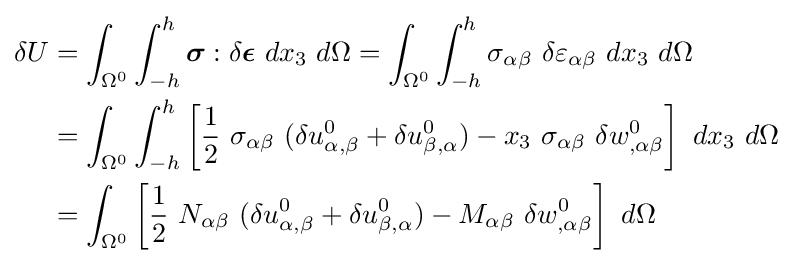
{\begin{aligned}\delta U&=\int _{\Omega ^{0}}\int _{-h}^{h}{\boldsymbol {\sigma }}:\delta {\boldsymbol {\epsilon }}~dx_{3}~d\Omega =\int _{\Omega ^{0}}\int _{-h}^{h}\sigma _{\alpha \beta }~\delta \varepsilon _{\alpha \beta }~dx_{3}~d\Omega \\&=\int _{\Omega ^{0}}\int _{-h}^{h}\left[{\frac {1}{2}}~\sigma _{\alpha \beta }~(\delta u_{\alpha ,\beta }^{0}+\delta u_{\beta ,\alpha }^{0})-x_{3}~\sigma _{\alpha \beta }~\delta w_{,\alpha \beta }^{0}\right]~dx_{3}~d\Omega \\&=\int _{\Omega ^{0}}\left[{\frac {1}{2}}~N_{\alpha \beta }~(\delta u_{\alpha ,\beta }^{0}+\delta u_{\beta ,\alpha }^{0})-M_{\alpha \beta }~\delta w_{,\alpha \beta }^{0}\right]~d\Omega \end{aligned}}